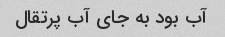
آب بود به جای آب پرتقال